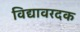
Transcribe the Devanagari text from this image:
विद्यावरदक